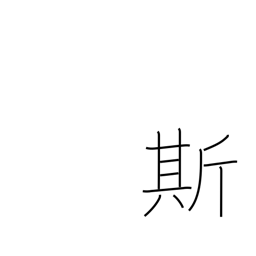
Meaning: verbal pause